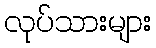
လုပ်သားများ